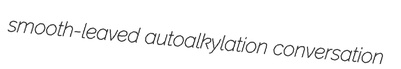
smooth-leaved autoalkylation conversation